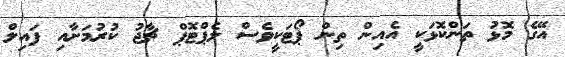
އޭގެ މޮޅު ތަންކޮޅަކީ އެއިން ތިން ޕޯޓަކީވެސް ލެޕްޓޮޕް ޗާޖު ކުރުމަށާއި ފައިލް